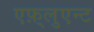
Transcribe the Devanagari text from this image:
एफ़्लुएन्ट